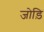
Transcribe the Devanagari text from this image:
जोड़ि